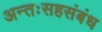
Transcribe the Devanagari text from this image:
अन्तःसहसंबंध